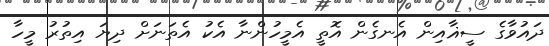
ދައުވާގެ ސީޣާއިން އެނގެން އޮތީ އެމީހުންނާ އެކު އެތަނަށް ދިޔަ އިތުރު މީހާ